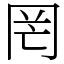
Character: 罔